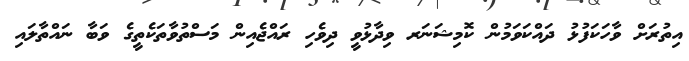
އިތުރަށް ވާހަކަފުޅު ދައްކަވަމުން ކޮމިޝަނަރ ވިދާޅުވީ ދިވެހި ރައްޖެއިން މަސްތުވާތަކެތީގެ ވަބާ ނައްތާލައި